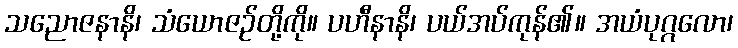
သညောဇနာနိ၊ သံယောဇဉ်တို့ကို။ ပဟီနာနိ၊ ပယ်အပ်ကုန်၏။ အယံပုဂ္ဂလော၊